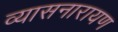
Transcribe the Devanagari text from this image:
व्यासनारायण